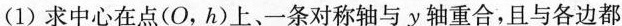
(1)求中心在点(O，h)上、一条对称轴与y轴重合，且与各边都